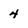
Character: 4